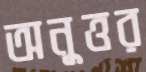
অনুত্তর